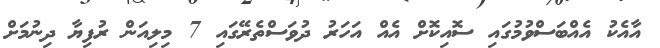
އާއެކު އެއްބަސްވުމުގައި ސޮއިކޮށް އެއް އަހަރު ދުވަސްތެރޭގައި 7 މިލިއަން ރުފިޔާ ދިނުމަށް